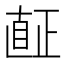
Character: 𱲿